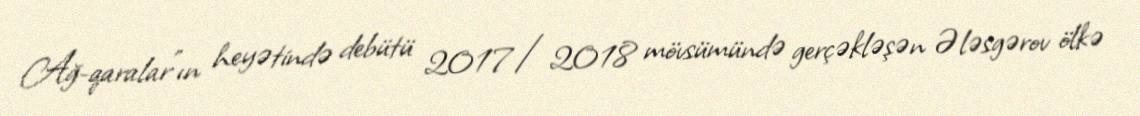
Ağ-qaralar"ın heyətində debütü 2017/2018 mövsümündə gerçəkləşən Ələsgərov ölkə